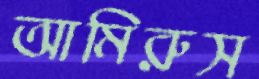
আমিরুস